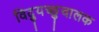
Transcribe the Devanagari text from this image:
विद्युच्छुचालक